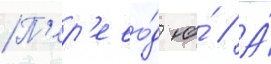
П'ер'ево́д ю́ // А́